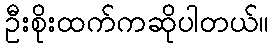
ဦးစိုးထက်ကဆိုပါတယ်။